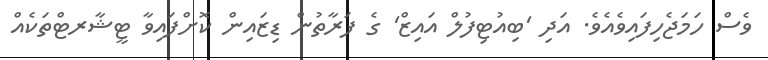
ވެސް ހަމަޖެހިފައިވެއެވެ. އަދި 'ބިއުޓިފުލް އައިޒް' ގެ ފަރާތުން ޑިޒައިން ކޮށްފައިވާ ޓީޝާރޓްތަކެއް